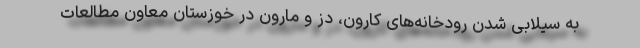
به سیلابی شدن رودخانه‌های کارون، دز و مارون در خوزستان معاون مطالعات